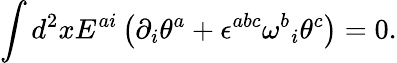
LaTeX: \int d^{2}xE^{ai}\left(\partial_{i}\theta^{a}+\epsilon^{abc}{\omega^{b}}_{i}\theta^{c}\right)=0.